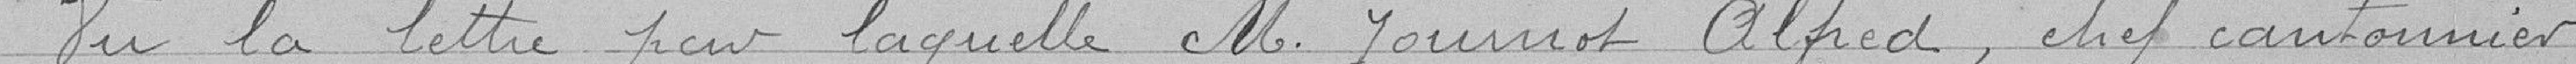
Vu la lettre pour laquelle M. Journot Alfred, chef cantonnier